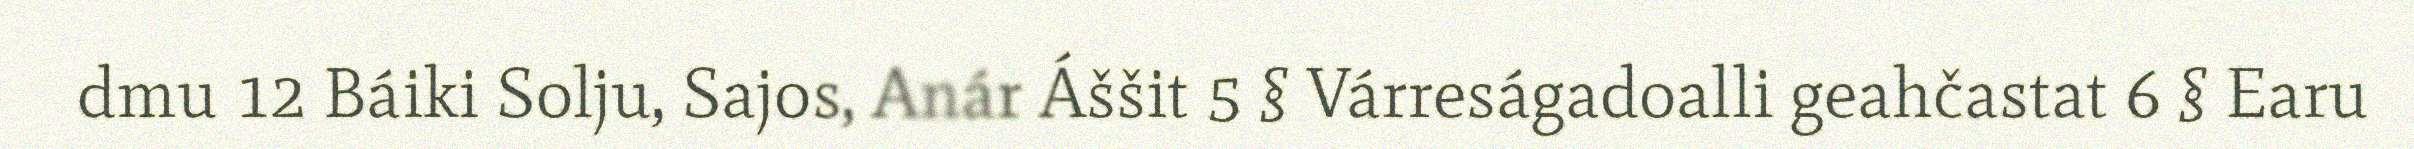
dmu 12 Báiki Solju, Sajos, Anár Áššit 5 § Várreságadoalli geahčastat 6 § Earu